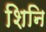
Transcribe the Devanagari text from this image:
शिनि